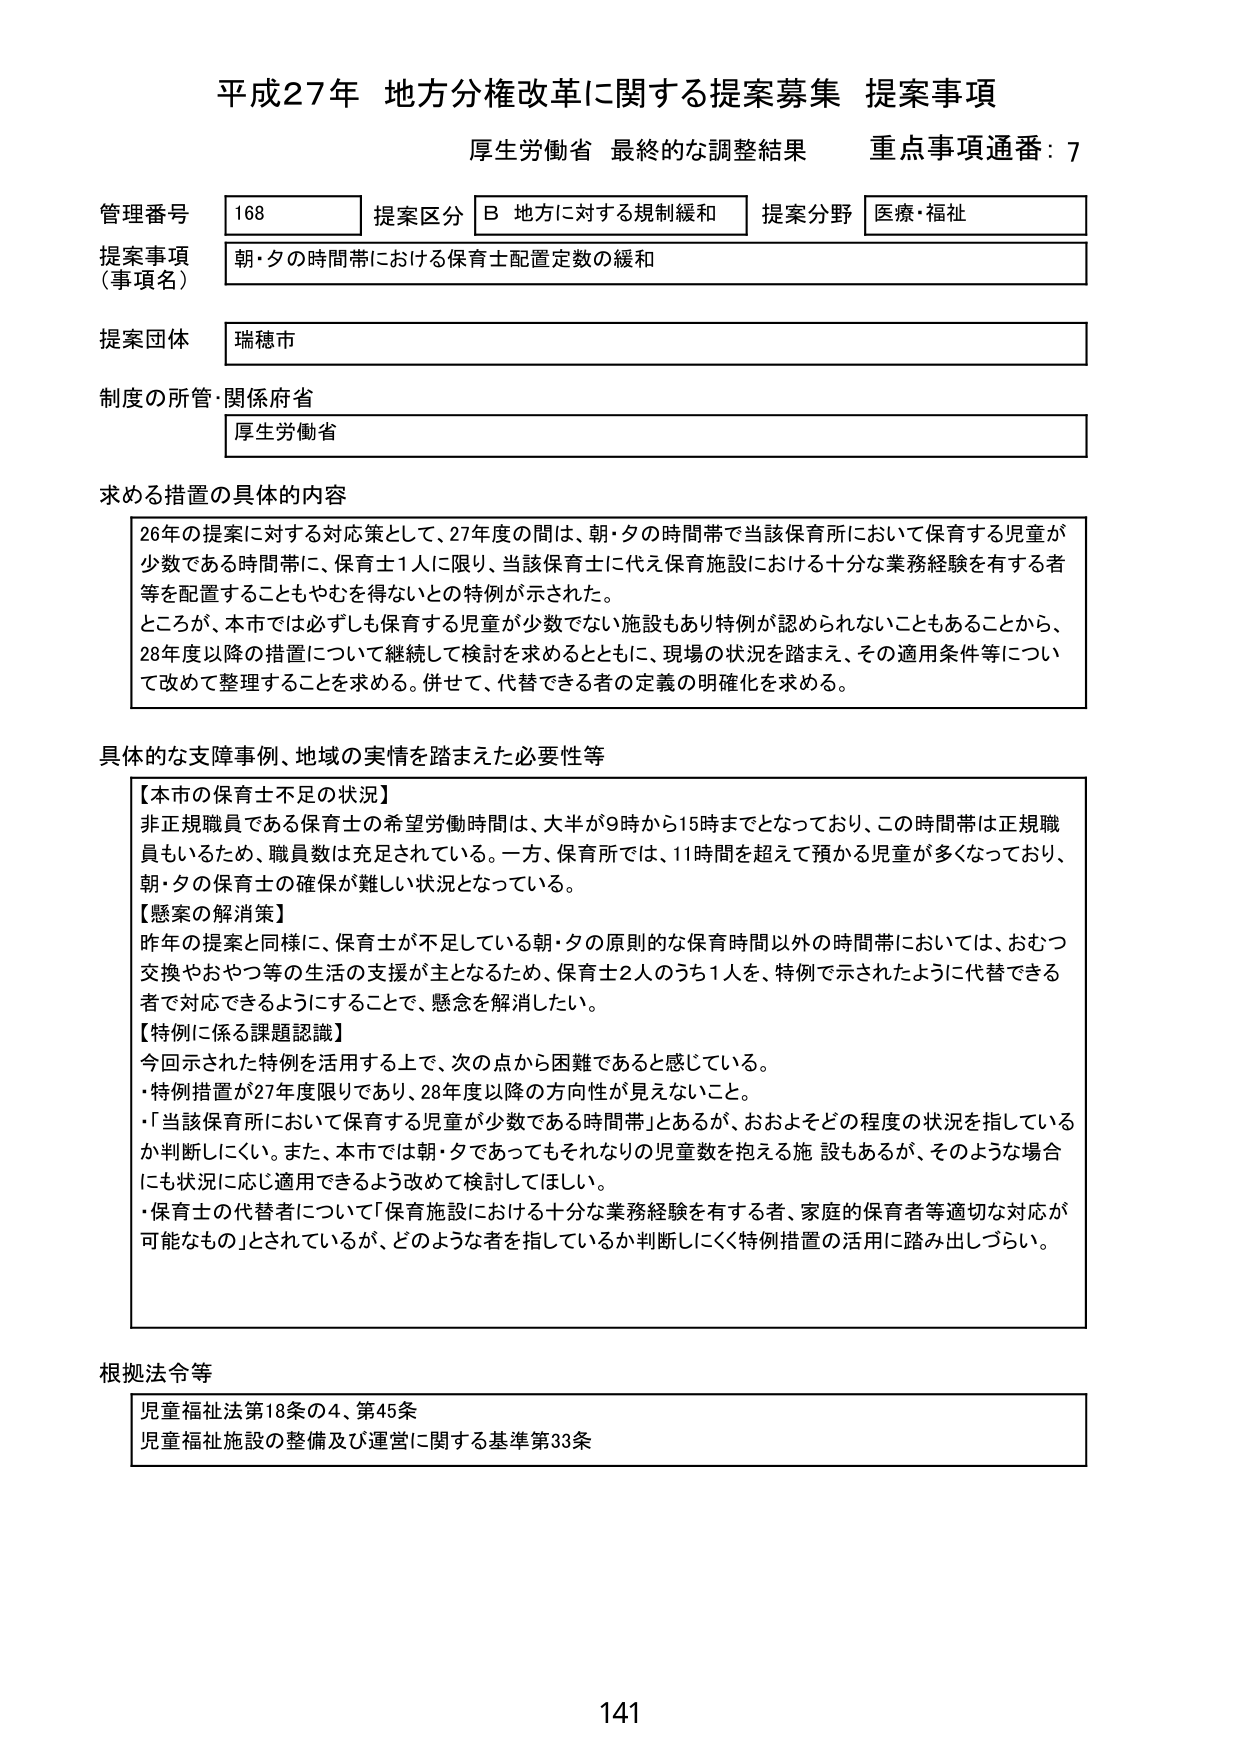
平成27年 地方分権改革に関する提案募集 提案事項
厚生労働省 最終的な調整結果 重点事項通番：7

管理番号 168 提案区分 B 地方に対する規制緩和 提案分野 医療・福祉
提案事項（事項名） 朝・夕の時間帯における保育士配置定数の緩和
提案団体 瑞穂市
制度の所管・関係府省 厚生労働省

求める措置の具体的内容
26年の提案に対する対応策として、27年度の間は、朝・夕の時間帯で当該保育所において保育する児童が少数である時間帯に、保育士1人に限り、当該保育士に代え保育施設における十分な業務経験を有する者等を配置することもやむを得ないととの特例が示された。
ところが、本市では必ずしも保育する児童が少数でない施設もあり特例が認められないこともあることから、28年度以降の措置について継続して検討を求めるとともに、現場の状況を踏まえ、その適用条件等について改めて整理することを求める。併せて、代替できる者の定義の明確化を求める。

具体的な支障事例、地域の実情を踏まえた必要性等
【本市の保育士不足の状況】
非正規職員である保育士の希望労働時間は、大半が9時から15時までとなっており、この時間帯は正規職員もいるため、職員数は充足されている。一方、保育所では、11時間を超えて預かる児童が多くなっており、朝・夕の保育士の確保が難しい状況となっている。
【懸案の解消策】
昨年の提案と同様に、保育士が不足している朝・夕の原則的な保育時間以外の時間帯においては、おむつ交換やおやつ等の生活の支援が主となるため、保育士2人のうち1人を、特例で示されたように代替できる者で対応できるようにすることで、懸念を解消したい。
【特例に係る課題認識】
今回示された特例を活用する上で、次の点から困難であると感じている。
・特例措置が27年度限りであり、28年度以降の方向性が見えないこと。
・「当該保育所において保育する児童が少数である時間帯」とあるが、おおよそどの程度の状況を指しているか判断しにくい。また、本市では朝・夕であってもそれなりの児童数を抱える施設もあるが、そのような場合にも状況に応じ適用できるよう改めて検討してほしい。
・保育士の代替者について「保育施設における十分な業務経験を有する者、家庭的保育者等適切な対応が可能なもの」とされているが、どのような者を指しているか判断しにくく特例措置の活用に踏み出しづらい。

根拠法令等
児童福祉法第18条の4、第45条
児童福祉施設の整備及び運営に関する基準第33条

141